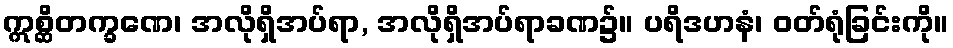
ဣစ္ဆိတက္ခဏေ၊ အလိုရှိအပ်ရာ, အလိုရှိအပ်ရာခဏ၌။ ပရိဒဟနံ၊ ဝတ်ရုံခြင်းကို။